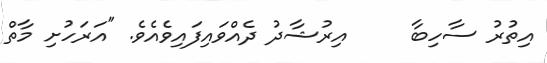
އިތުރު ސާހިބާ     އިރުޝާދު ދެއްވައިފައިވެއެވެ. "އަރަހުށި މާތް